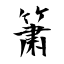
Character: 簘